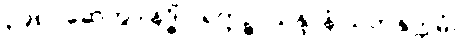
၃၉၈။ ဆေတွာ နဒ္ဓိံ ဝရတ္တဉ္စ၊ သန္ဒာနံ သဟနုက္ကမံ။